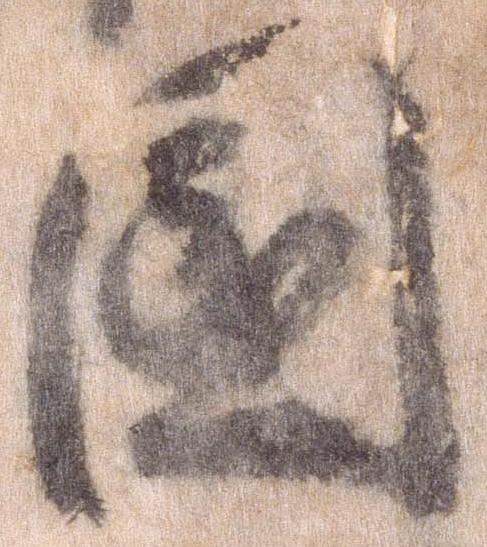
国